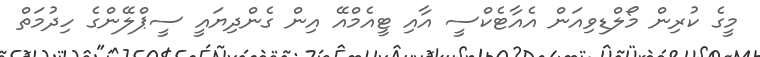
މީގެ ކުރިން މޯލްޑިވިއަން އެއާޓެކްސީ އާއި ޓީއެމްއޭ އިން ގެންދިޔައީ ސީޕްލޭންގެ ހިދުމަތް